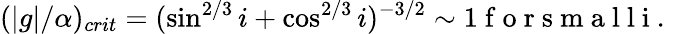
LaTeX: (|g|/\alpha)_{crit}=(\sin^{2/3}i+\cos^{2/3}i)^{-3/2}\sim 1\mathrm{~f~o~r~s~m~a~l~l~i~.~}